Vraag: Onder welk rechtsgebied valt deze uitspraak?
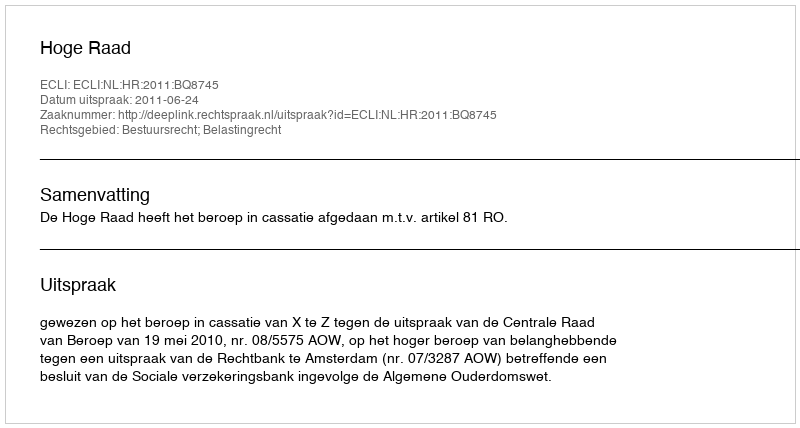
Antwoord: Bestuursrecht; Belastingrecht